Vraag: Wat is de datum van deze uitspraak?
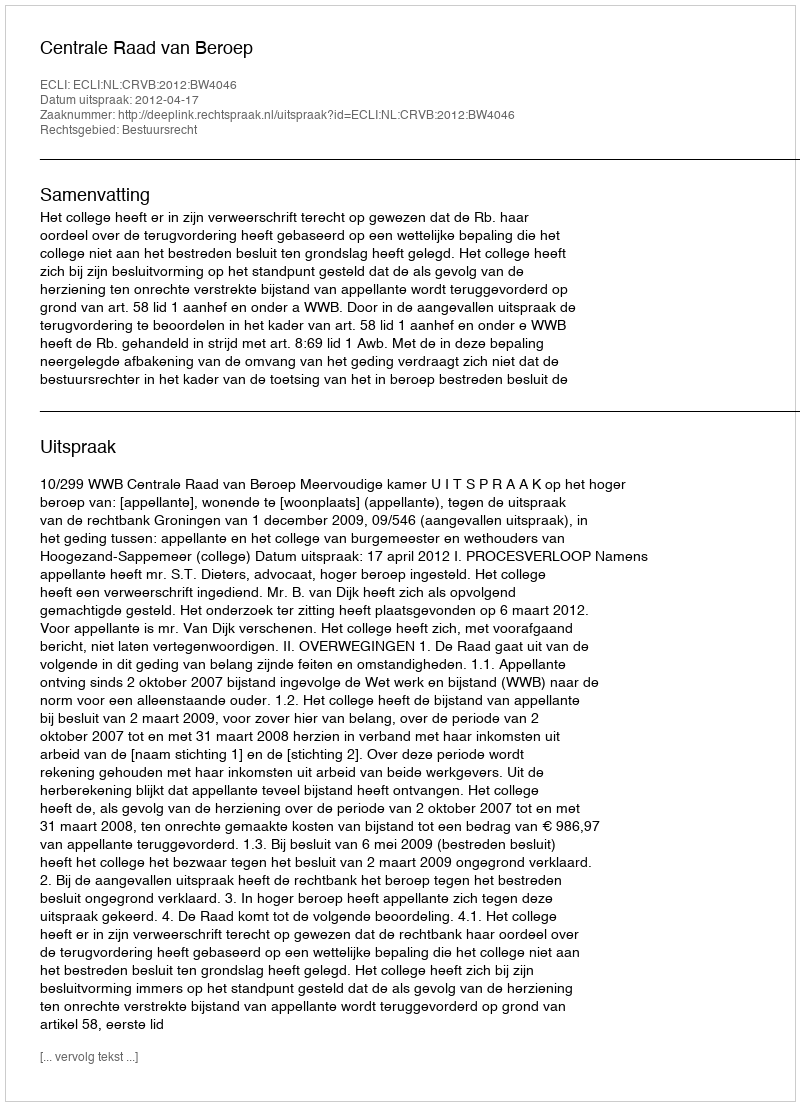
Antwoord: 2012-04-17